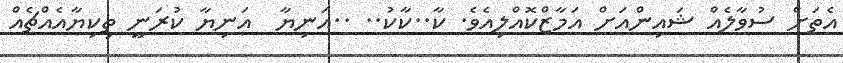
އެތަށް ސުވާލެއް ޝައިންއަށް އަމާޒްކޮއްލިއެވެ. ކާ..ކާކު.. ..އަނިޔާ  އަނިޔާ ކުރަނީ ތިކިޔާއެއްޗެއް